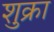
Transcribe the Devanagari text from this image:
शुक्रा